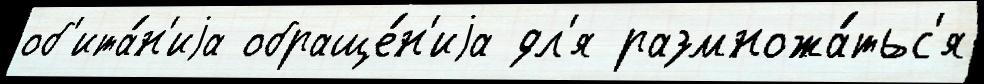
об'ита́н'иjа обраще́н'иjа дл'я размножа́тьс'я